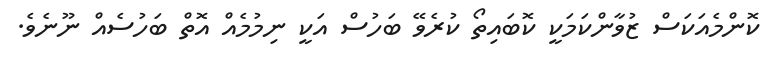
ކޮންމެއަކަސް ޒުވާންކަމަކީ ކޮބައިތޯ ކުރެވޭ ބަހުސް އަކީ ނިމުމެއް އޮތް ބަހުސެއް ނޫނެވެ.